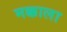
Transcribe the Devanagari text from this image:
मक्काला